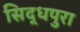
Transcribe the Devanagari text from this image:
सिद्धपुरा